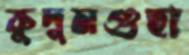
কুদুমগুহা